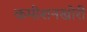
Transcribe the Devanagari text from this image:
कमीशनखोरी